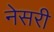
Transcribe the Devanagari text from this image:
नेसरी